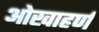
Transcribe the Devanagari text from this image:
ओखाहर्ण